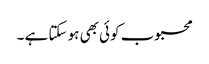
محبوب کوئی بھی ہو سکتا ہے ۔